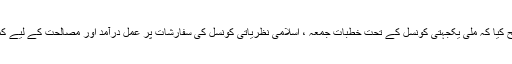
انہوںنے واضح کیا کہ ملی یکجہتی کونسل کے تحت خطبات جمعہ ، اسلامی نظریاتی کونسل کی سفارشات پر عمل درآمد اور مصالحت کے لیے کمیشنز قائم ہیں۔